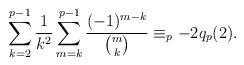
LaTeX: \begin{align*}\sum_{k=2}^{p-1}\frac{1}{k^2}\sum_{m=k}^{p-1} \frac{(-1)^{m-k}}{\binom{m}{k}}\equiv_{p}-2q_p(2).\end{align*}